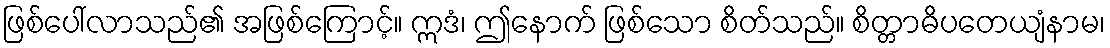
ဖြစ်ပေါ်လာသည်၏ အဖြစ်ကြောင့်။ ဣဒံ၊ ဤနောက် ဖြစ်သော စိတ်သည်။ စိတ္တာဓိပတေယျံနာမ၊